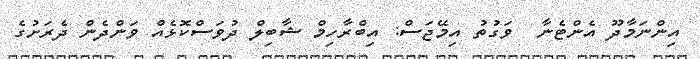
އިންނަމާދޫ އެންޓެނާ  ވަގުތު އިމޭޖަސް: އިބްރާހިމް ޝާބިލް ދުވަސްކޮޅެއް ވަންދެން ދެރަށުގެ